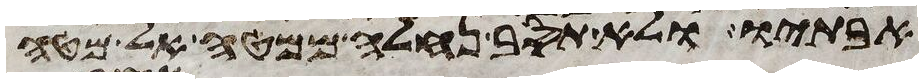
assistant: אבתיו ולא תסב נחלה ממטה אל מטה